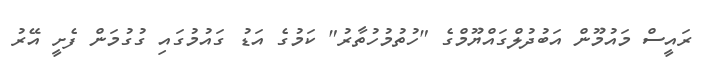
ރައީސް މައުމޫން އަބުދުލްގައްޔޫމްގެ "ހުތުމުހުތާރު" ކަމުގެ އަޑު ގައުމުގައި ގުގުމަން ފެށީ އޭރު